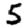
Digit: 5